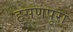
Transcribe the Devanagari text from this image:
हसणपुरा